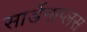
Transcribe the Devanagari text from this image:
सार्डेनाप्लस